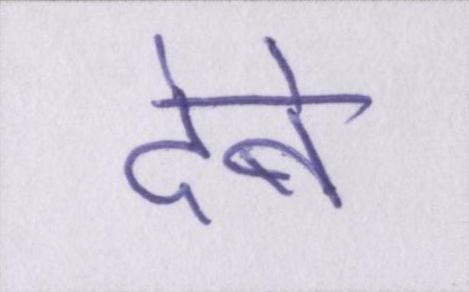
देबे